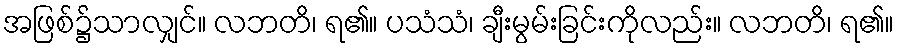
အဖြစ်၌သာလျှင်။ လဘတိ၊ ရ၏။ ပသံသံ၊ ချီးမွမ်းခြင်းကိုလည်း။ လဘတိ၊ ရ၏။